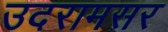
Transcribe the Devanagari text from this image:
उदरामसर